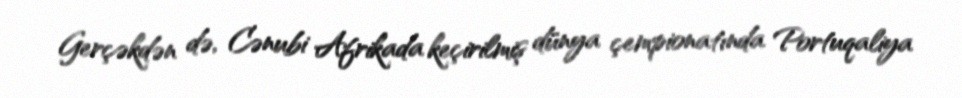
Gerçəkdən də, Cənubi Afrikada keçirilmiş dünya çempionatında Portuqaliya